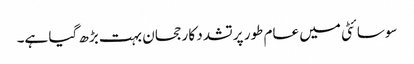
سوسائٹی میں عام طور پر تشدد کا رجحان بہت بڑھ گیا ہے۔